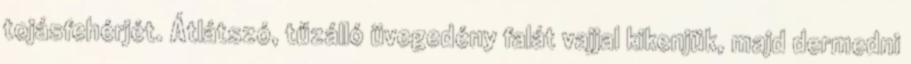
tojásfehérjét. Átlátszó, tűzálló üvegedény falát vajjal kikenjük, majd dermedni